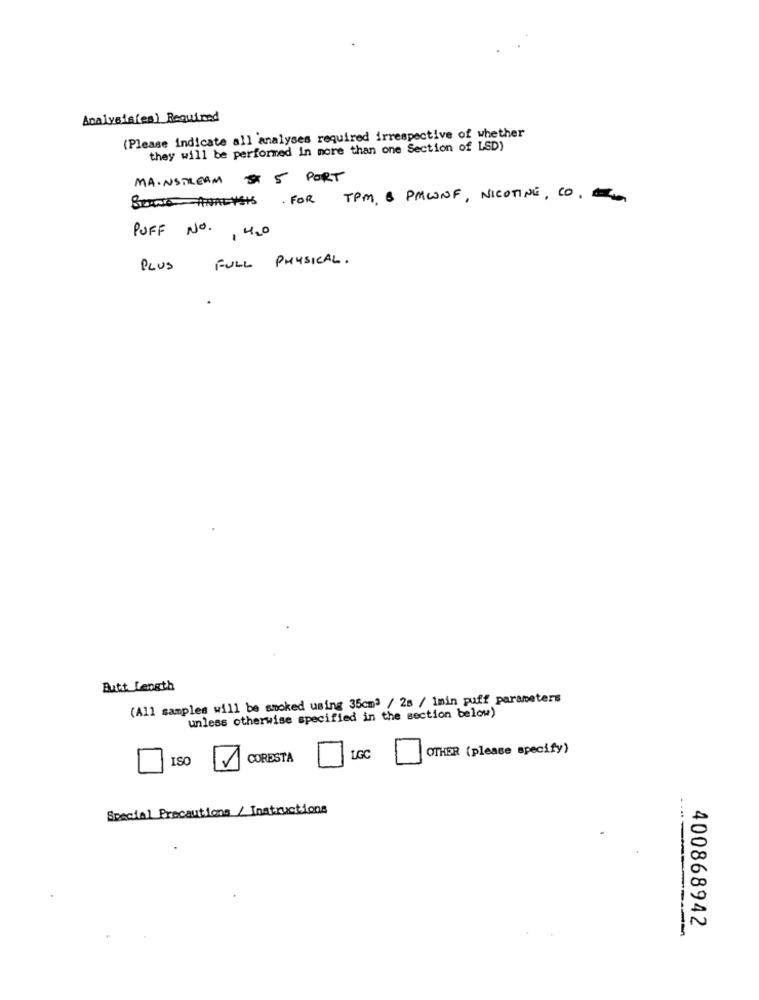
Analysis(es) Required
(Please indicate all analyses required irrespective of whether
they will be performed in more than one Section of LSD)
MAINSTREAM # 5 PORT
BRING ANALYSTS. FOR TPM, & PMWNF, NICOTINE, CO.
PUFF NO. 420
FULL PHYSICAL .
PLUS
Butt Length
(All samples will be smoked using 35cm3 / 28 / 1min puff parameters
unless otherwise specified in the section below)
OTHER (please specify)
ISO
CORESTA
LGC
Special Precautions / Instructions
.....
400868942
--